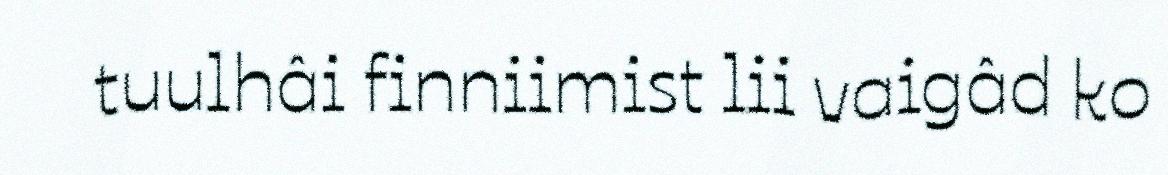
tuulhâi finniimist lii vaigâd ko